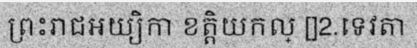
ព្រះរាជអយ្យិកា ខត្តិយកល្ []2.ទេវតា